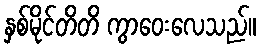
နှစ်မိုင်တိတိ ကွာဝေးလေသည်။